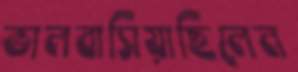
ভালবাসিয়াছিলেন